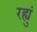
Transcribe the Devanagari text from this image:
रह्युं